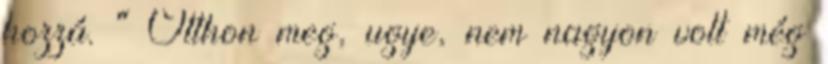
hozzá. " Otthon meg, ugye, nem nagyon volt még